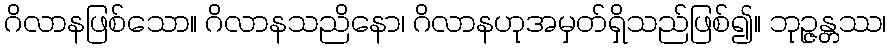
ဂိလာနဖြစ်သော။ ဂိလာနသညိနော၊ ဂိလာနဟုအမှတ်ရှိသည်ဖြစ်၍။ ဘုဉ္ဇန္တဿ၊